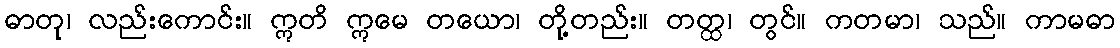
ဓာတု၊ လည်းကောင်း။ ဣတိ ဣမေ တယော၊ တို့တည်း။ တတ္ထ၊ တွင်။ ကတမာ၊ သည်။ ကာမဓာ